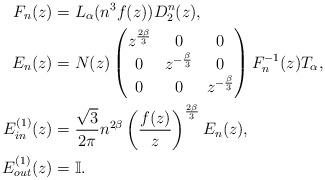
LaTeX: \begin{align*} F_n(z) & = L_{\alpha}(n^3 f(z)) D_2^n(z), \\ E_n(z) & = N(z) \begin{pmatrix} z^{\frac{2\beta}{3}} & 0 & 0 \\0 & z^{-\frac{\beta}{3}} & 0 \\ 0 & 0 & z^{-\frac{\beta}{3}}\end{pmatrix} F_n^{-1}(z) T_{\alpha}, \\ E_{in}^{(1)}(z) & = \frac{\sqrt{3}}{2\pi} n^{2\beta} \left( \frac{f(z)}{z} \right)^{\frac{2\beta}{3}} E_n(z), \\ E_{out}^{(1)}(z) & = \mathbb{I}.\end{align*}